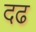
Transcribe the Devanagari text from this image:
दढ